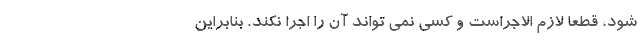
شود، قطعا لازم الاجراست و کسی نمی تواند آن را اجرا نکند. بنابراین